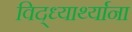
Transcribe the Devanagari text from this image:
विद्ध्यार्थ्याना